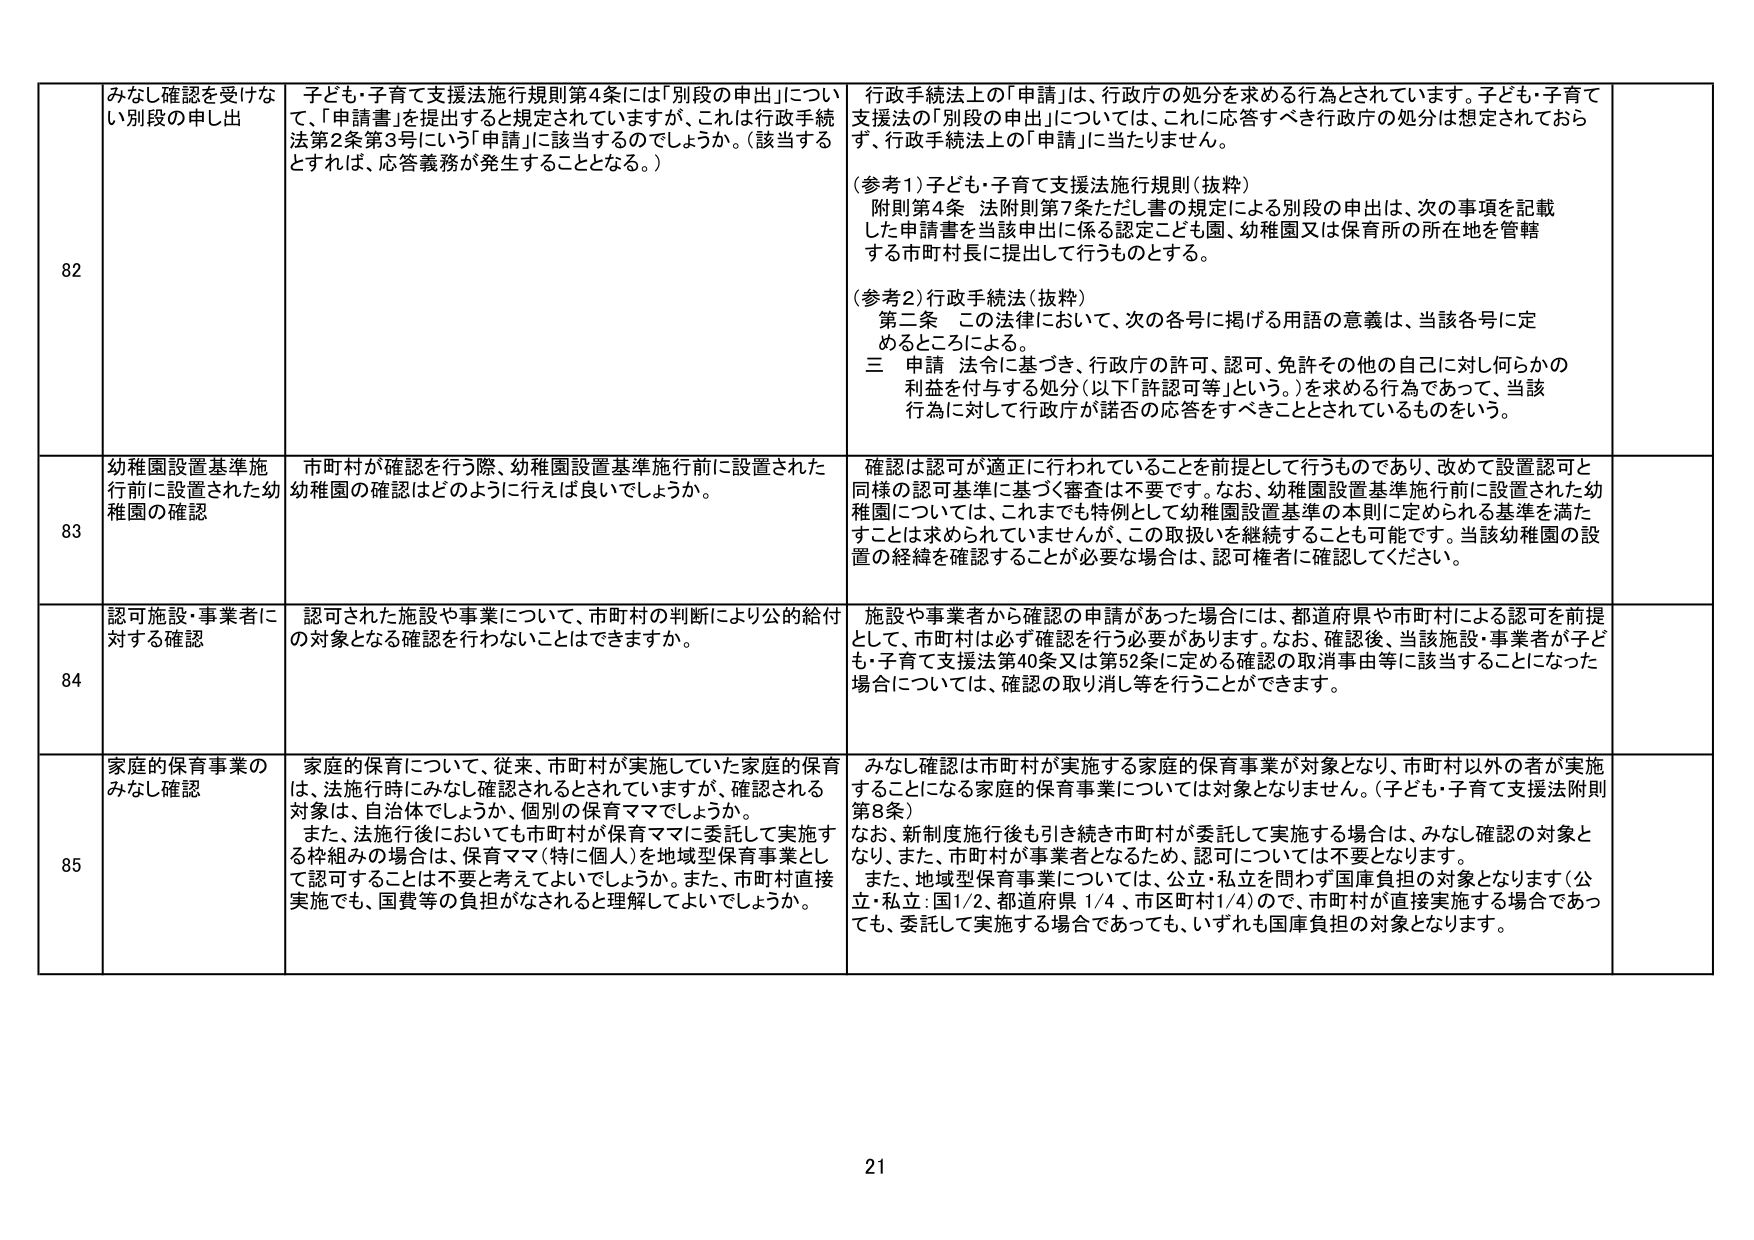
82 みなし確認を受けない別段の申し出 子ども・子育て支援法施行規則第4条には「別段の申出」について、「申請書」を提出すると規定されていますが、これは行政手続法第2条第3号にいう「申請」に該当するのでしょうか。（該当するとなれば、応答義務が発生することとなる。） 行政手続法上の「申請」は、行政庁の処分を求める行為とされています。子ども・子育て支援法の「別段の申出」については、これに応答すべき行政庁の処分は想定されておらず、行政手続法上の「申請」に当たりません。 （参考1）子ども・子育て支援法施行規則（抜粋） 附則第4条 法附則第7条ただし書の規定による別段の申出は、次の事項を記載した申請書を当該申出に係る認定こども園、幼稚園又は保育所の所在地を管轄する市町村長に提出して行うものとする。 （参考2）行政手続法（抜粋） 第二条 この法律において、次の各号に掲げる用語の意義は、当該各号に定めるところによる。 三 申請 法令に基づき、行政庁の許可、認可、免許その他の自己に対し何らかの利益を付与する処分（以下「許認可等」という。）を求める行為であって、当該行為に対して行政庁が諾否の応答をすべきこととされているものをいう。

83 幼稚園設置基準施行前に設置された幼稚園の確認 市町村が確認を行う際、幼稚園設置基準施行前に設置された幼稚園の確認はどのように行えば良いでしょうか。 確認は認可が適正に行われていることを前提として行うものであり、改めて設置認可と同様の認可基準に基づく審査は不要です。なお、幼稚園設置基準施行前に設置された幼稚園については、これまでも特例として幼稚園設置基準の本則に定められる基準を満たすことは求められていませんが、この取扱いを継続することも可能です。当該幼稚園の設置の経緯を確認することが必要な場合は、認可権者に確認してください。

84 認可施設・事業者に対する確認 認可された施設や事業について、市町村の判断により公的給付の対象となる確認を行わないことはできますか。 施設や事業者から確認の申請があった場合には、都道府県や市町村による認可を前提とし、市町村は必ず確認を行う必要があります。なお、確認後、当該施設・事業者が子ども・子育て支援法第40条又は第52条に定める確認の取消事由等に該当することになった場合については、確認の取り消し等を行うことができます。

85 家庭の保育事業のみなし確認 家庭の保育について、従来、市町村が実施していた家庭の保育は、法施行時にみなし確認されるとされていますが、確認される対象は、自治体でしょうか、個別の保育ママでしょうか。 また、法施行後においても市町村が保育ママに委託して実施する枠組みの場合は、保育ママ（特に個人）を地域型保育事業として認可することは不要と考えてよいでしょうか。また、市町村直接実施でも、国費等の負担がなされると理解してよいでしょうか。 みなし確認は市町村が実施する家庭の保育事業が対象となり、市町村以外の者が実施することになる家庭の保育事業については対象となりません。（子ども・子育て支援法附則第8条） なお、新制度施行後も引き続き市町村が委託して実施する場合は、みなし確認の対象となり、また、市町村が事業者となるため、認可については不要となります。 また、地域型保育事業については、公立・私立を問わず国庫負担の対象となります（公立・私立：国1/2、都道府県1/4、市区町村1/4）ので、市町村が直接実施する場合であっても、委託して実施する場合であっても、いずれも国庫負担の対象となります。

21